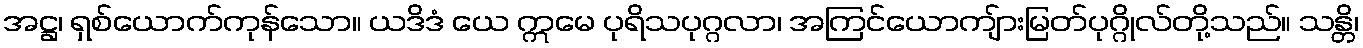
အဋ္ဌ၊ ရှစ်ယောက်ကုန်သော။ ယဒိဒံ ယေ ဣမေ ပုရိသပုဂ္ဂလာ၊ အကြင်ယောကျ်ားမြတ်ပုဂ္ဂိုလ်တို့သည်။ သန္တိ၊